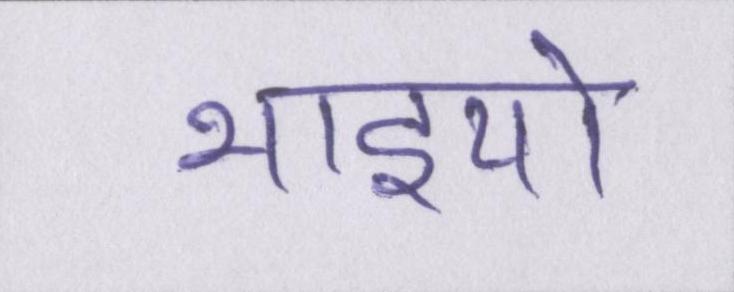
भाइयो